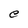
Character: e